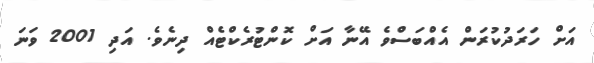
އަށް ހަރަދުކުރަން އެއްބަސްވެ އޭނާ އަށް ކޮންޓުރެކްޓެއް ދިނެވެ. އަދި 2001 ވަނަ